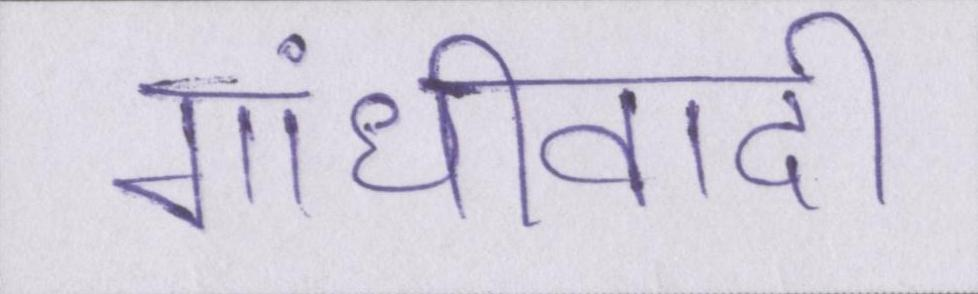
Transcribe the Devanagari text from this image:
गांधीवादी